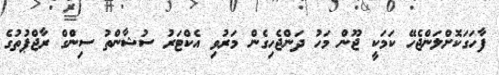
ފާހަގަކޮށްލަންޖެހޭ ކަމަކީ ޖޫން މަހު ދަންޖެހިގެން މަރުވި އެކްޓަރު ސުޝާންތު ސިންގް ރާޖްޕުތުގެ